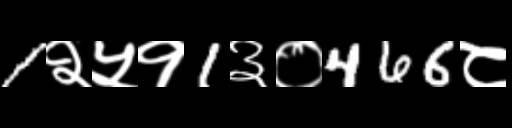
Text: 1२५१1३०466८